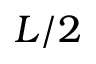
L / 2